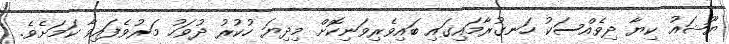
ޔޫޝައު ކިޔާ ދިވެއްސަކު ހަނގުރާމައިގައި ބައިވެރިވަނިކޮށް މިދިޔަ ހުކުރު ދުވަހު މަރުވެފައިވާ ކަމަށެވެ.